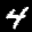
Label: 4